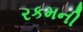
રકમની